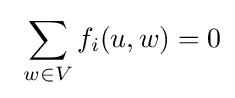
\ \sum _{w\in V}f_{i}(u,w)=0